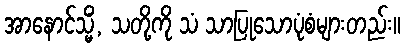
အာနောင်သ္မိံ, သတို့ကို သံ သာပြုသောပုံစံများတည်း။